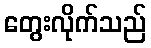
တွေးလိုက်သည်